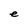
Character: e